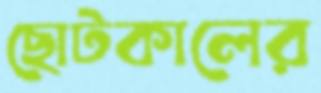
ছোটকালের